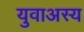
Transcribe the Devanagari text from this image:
युवाअस्य